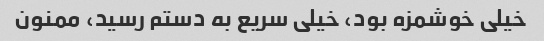
خیلی خوشمزه بود، خیلی سریع به دستم رسید، ممنون